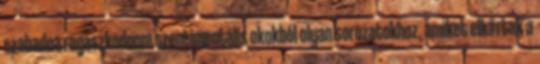
szabadna ragaszkodnom szentimentális okokból olyan sorozatokhoz, amiket elk#rtak a